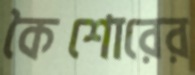
কৈশোরের